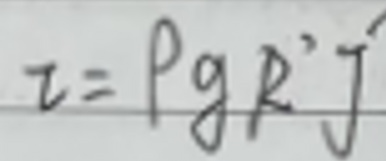
$\tau=\rho g R^{2} J$